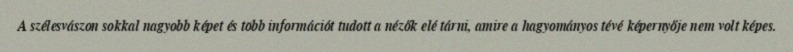
A szélesvászon sokkal nagyobb képet és több információt tudott a nézők elé tárni, amire a hagyományos tévé képernyője nem volt képes.